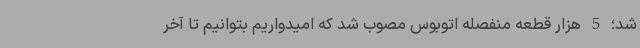
شد؛ 5 هزار قطعه منفصله اتوبوس مصوب شد که امیدواریم بتوانیم تا آخر